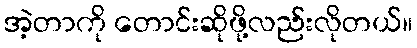
အဲ့တာကို တောင်းဆိုဖို့လည်းလိုတယ်။